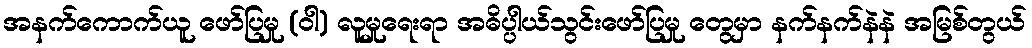
အနက်ကောက်ယူ ဖော်ပြမှု (ဝါ) လူမှုရေးရာ အဓိပ္ပါယ်သွင်းဖော်ပြမှု တွေမှာ နက်နက်နဲနဲ အမြစ်တွယ်